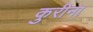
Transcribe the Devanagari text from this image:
कुरीना